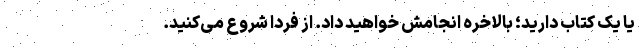
یا یک کتاب دارید؛ بالاخره انجامش خواهید داد. از فردا شروع می‌کنید.